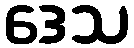
ဒေသ